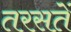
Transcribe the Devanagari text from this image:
तरसतें